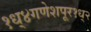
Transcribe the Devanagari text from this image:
१ध्४गणेशपूर१ध्२